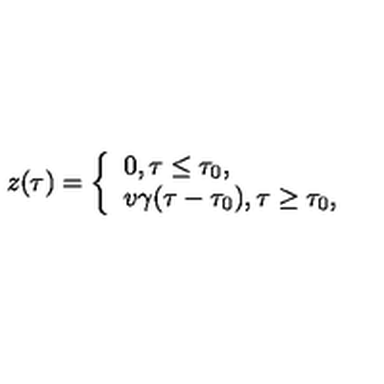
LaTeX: z ( \tau ) = \left\{ \begin{array} { l } { 0 , \tau \leq \tau _ { 0 } , } \\ { v \gamma ( \tau - \tau _ { 0 } ) , \tau \geq \tau _ { 0 } , } \\ \end{array} \right.